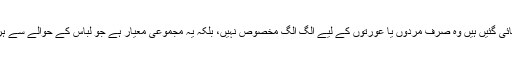
اس آیت میں لباس کی جو خصوصیات بتائی گئیں ہیں وہ صرف مردوں یا عورتوں کے لیے الگ الگ مخصوص نہیں، بلکہ یہ مجموعی معیار ہے جو لباس کے حوالے سے ہر زمانے کے لیے متعین کر دیا گیا ہے۔